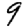
Digit: 9